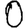
Digit: 0